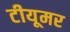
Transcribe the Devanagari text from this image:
टीयूमर